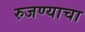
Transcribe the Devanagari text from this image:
रुजण्याचा